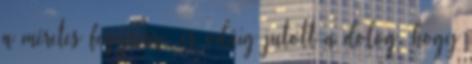
a méretes fegyverre, és odáig jutott a dolog, hogy